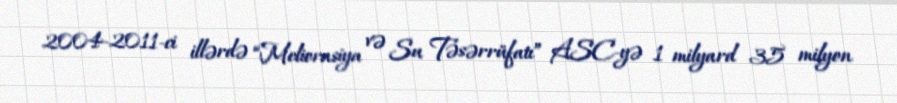
2004-2011-ci illərdə “Meliorasiya və Su Təsərrüfatı” ASC-yə 1 milyard 35 milyon